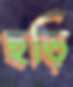
ছড়ি